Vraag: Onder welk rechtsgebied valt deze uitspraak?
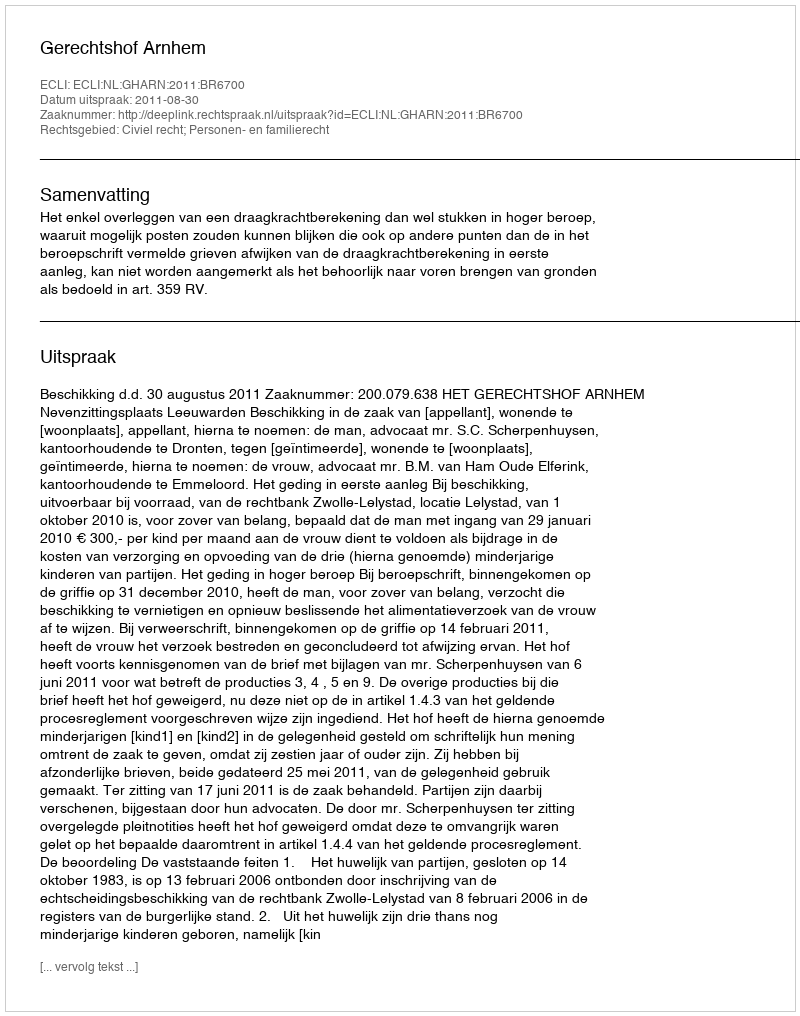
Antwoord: Civiel recht; Personen- en familierecht